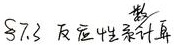
\S7.3 反应性系数计算